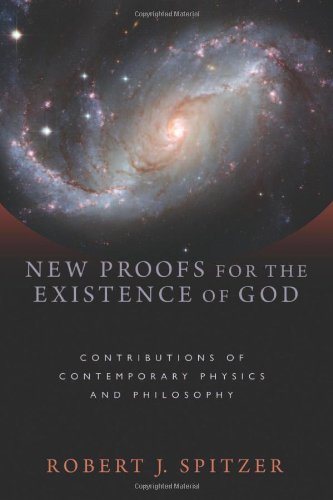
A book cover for New Proofs for the Existence of God: Contributions of Contemporary Physics and Philosophy; Robert J. Spitzer; Christian Books & Bibles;